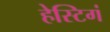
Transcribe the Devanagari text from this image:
हेस्टिगं